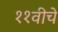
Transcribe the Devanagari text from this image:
११वीचे